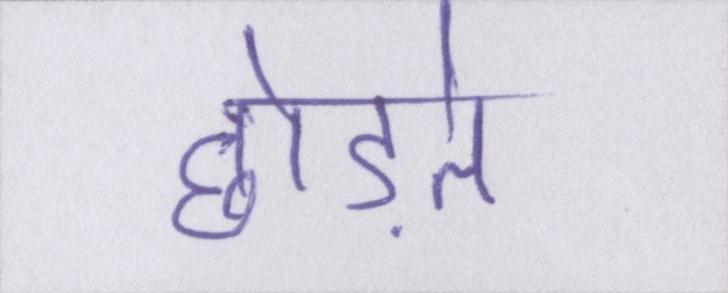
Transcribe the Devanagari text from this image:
छोड़ते